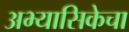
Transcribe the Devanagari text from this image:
अभ्यासिकेचा